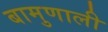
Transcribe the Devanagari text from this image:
बामुणाली